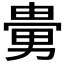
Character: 𠢮